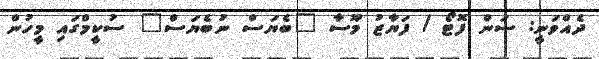
ދެއްވަނީ: ސަން ފޮޓޯ / ފަޔާޒު މޫސާ "ބެޔަސް ނުބެޔަސް" ސުކީމްގައި މީހުން